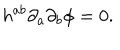
h ^ { a b } { \partial } _ { a } { \partial } _ { b } { \phi } = 0 .